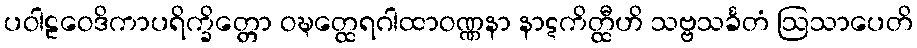
ပဝါဠဝေဒိကာပရိက္ခိတ္တော ဝဍ္ဎတ္ထေရဂါထာဝဏ္ဏနာ နာဋကိတ္ထီဟိ သဗ္ဗသင်္ခတံ ဩသာပေတိ